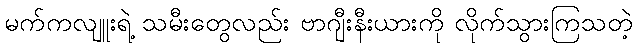
မက်ကလျူးရဲ့ သမီးတွေလည်း ဗာဂျီးနီးယားကို လိုက်သွားကြသတဲ့